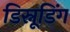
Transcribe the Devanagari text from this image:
डिस्नूडिंग